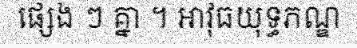
ផ្សេង ៗ គ្នា ។ អាវុធយុទ្ធភណ្ឌ